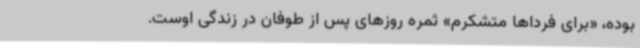
بوده، «برای فرداها متشکرم» ثمره روزهای پس از طوفان در زندگی اوست.